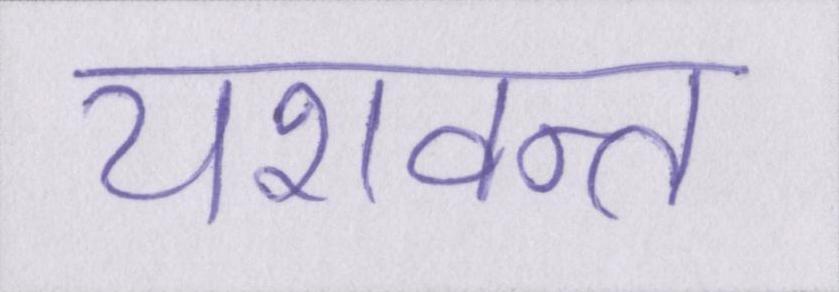
यशवन्त